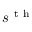
s ^ { \mathrm { ~ t ~ h ~ } }